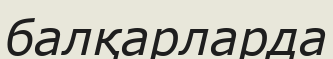
балқарларда